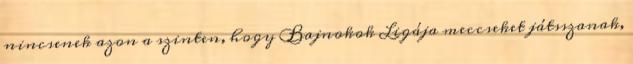
nincsenek azon a szinten, hogy Bajnokok Ligája meccseket játsszanak,